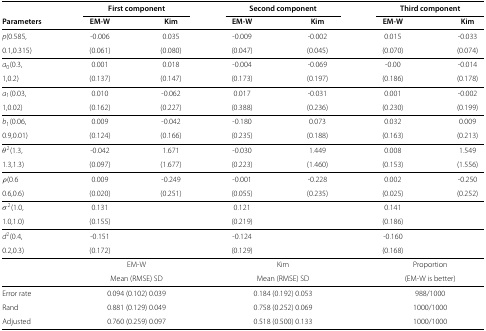
<table><thead><tr><td><b> </b></td><td colspan="2"><b>First component</b></td><td colspan="2"><b>Second component</b></td><td colspan="2"><b>Third component</b></td></tr></thead><tbody><tr><td><b>Parameters</b></td><td><b>EM-W</b></td><td><b>Kim</b></td><td><b>EM-W</b></td><td><b>Kim</b></td><td><b>EM-W</b></td><td><b>Kim</b></td></tr><tr><td><i>p</i>(0.585,</td><td>-0.006</td><td>0.035</td><td>-0.009</td><td>-0.002</td><td>0.015</td><td>-0.033</td></tr><tr><td>0.1,0.315)</td><td>(0.061)</td><td>(0.080)</td><td>(0.047)</td><td>(0.045)</td><td>(0.070)</td><td>(0.074)</td></tr><tr><td><i>a</i><sub>0</sub>(0.3,</td><td>0.001</td><td>0.018</td><td>-0.004</td><td>-0.069</td><td>-0.00</td><td>-0.014</td></tr><tr><td>1,0.2)</td><td>(0.137)</td><td>(0.147)</td><td>(0.173)</td><td>(0.197)</td><td>(0.186)</td><td>(0.178)</td></tr><tr><td><i>a</i><sub>1</sub>(0.03,</td><td>0.010</td><td>-0.062</td><td>0.017</td><td>-0.031</td><td>0.001</td><td>-0.002</td></tr><tr><td>1,0.02)</td><td>(0.162)</td><td>(0.227)</td><td>(0.388)</td><td>(0.236)</td><td>(0.230)</td><td>(0.199)</td></tr><tr><td><i>b</i><sub>1</sub>(0.06,</td><td>0.009</td><td>-0.042</td><td>-0.180</td><td>0.073</td><td>0.032</td><td>0.009</td></tr><tr><td>0.9,0.01)</td><td>(0.124)</td><td>(0.166)</td><td>(0.235)</td><td>(0.188)</td><td>(0.163)</td><td>(0.213)</td></tr><tr><td><i>θ</i><sup>2</sup>(1.3,</td><td>-0.042</td><td>1.671</td><td>-0.030</td><td>1.449</td><td>0.008</td><td>1.549</td></tr><tr><td>1.3,1.3)</td><td>(0.097)</td><td>(1.677)</td><td>(0.223)</td><td>(1.460)</td><td>(0.153)</td><td>(1.556)</td></tr><tr><td><i>ρ</i>(0.6</td><td>0.009</td><td>-0.249</td><td>-0.001</td><td>-0.228</td><td>0.002</td><td>-0.250</td></tr><tr><td>0.6,0.6)</td><td>(0.020)</td><td>(0.251)</td><td>(0.055)</td><td>(0.235)</td><td>(0.025)</td><td>(0.252)</td></tr><tr><td><i>σ</i><sup>2</sup>(1.0,</td><td>0.131</td><td> </td><td>0.121</td><td> </td><td>0.141</td><td> </td></tr><tr><td>1.0,1.0)</td><td>(0.155)</td><td> </td><td>(0.219)</td><td> </td><td>(0.186)</td><td> </td></tr><tr><td><i>d</i><sup>2</sup>(0.4,</td><td>-0.151</td><td> </td><td>-0.124</td><td> </td><td>-0.160</td><td> </td></tr><tr><td>0.2,0.3)</td><td>(0.172)</td><td> </td><td>(0.129)</td><td> </td><td>(0.168)</td><td> </td></tr><tr><td> </td><td colspan="2">EM-W</td><td colspan="2">Kim</td><td colspan="2">Proportion</td></tr><tr><td> </td><td colspan="2">Mean (RMSE) SD</td><td colspan="2">Mean (RMSE) SD</td><td colspan="2">(EM-W is better)</td></tr><tr><td>Error rate</td><td colspan="2">0.094 (0.102) 0.039</td><td colspan="2">0.184 (0.192) 0.053</td><td colspan="2">988/1000</td></tr><tr><td>Rand</td><td colspan="2">0.881 (0.129) 0.049</td><td colspan="2">0.758 (0.252) 0.069</td><td colspan="2">1000/1000</td></tr><tr><td>Adjusted</td><td colspan="2">0.760 (0.259) 0.097</td><td colspan="2">0.518 (0.500) 0.133</td><td colspan="2">1000/1000</td></tr></tbody></table>